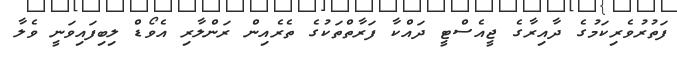
ފަތުރުވެރިކަމުގެ ދާއިރާގެ ޖީއެސްޓީ ދައްކާ ފަރާތްތަކުގެ ތެރެއިން ރަންލާރި އެވޯޑް ލިބިފައިވަނީ ވެލާ